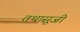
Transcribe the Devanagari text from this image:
तथासूजी